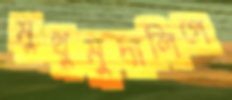
মুথুমুদালিগে